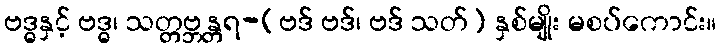
ဗဒ္ဓနှင့် ဗဒ္ဓ၊ သတ္တဗ္ဘန္တရ-(ဗဒ် ဗဒ်၊ ဗဒ် သတ်) နှစ်မျိုး မစပ်ကောင်း။